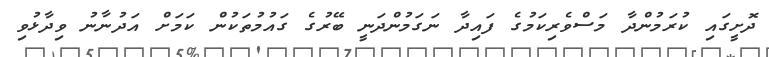
ދޮށީގައި ކުރަމުންދާ މަސްވެރިކަމުގެ ފައިދާ ނަގަމުންދަނީ ބޭރުގެ ގައުމުތަކުން ކަމަށް އަދުނާނު ވިދާޅުވި